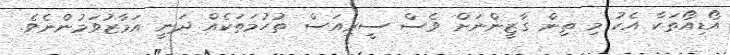
އޯޑިއޯތަކާ އެކު މި ތިން ގާޒީންނަށް ވެސް ސީރިއަސް ތުހުމަތަކެއް ދަނީ އަމާޒުވަމުންނެވެ.